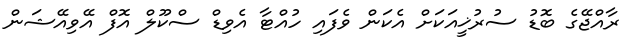
ރާއްޖޭގެ ބޮޑު ސުރުޚީއަކަށް އެކަން ވެފައި ހުއްޓާ އެވިޑް ސްކޫލް އޮފް އޭވިއޭޝަން